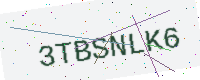
Text: 3TBSNLK6